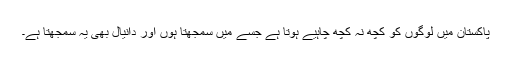
پاکستان میں لوگوں کو کچھ نہ کچھ چاہیے ہوتا ہے جسے میں سمجھتا ہوں اور دانیال بھی یہ سمجھتا ہے۔